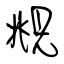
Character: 覜